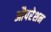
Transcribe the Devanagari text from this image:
औपरेशन